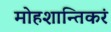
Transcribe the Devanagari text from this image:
मोहशान्तिकरं